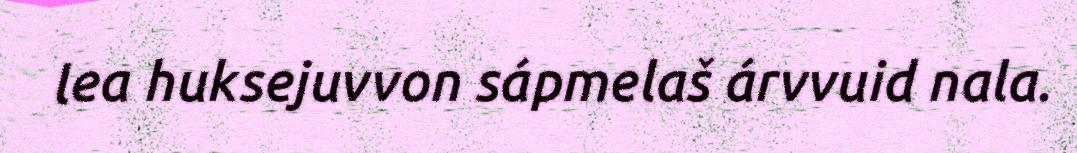
lea huksejuvvon sápmelaš árvvuid nala.